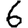
Digit: 6